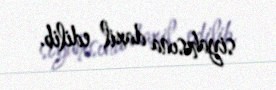
siyahısına daxil edilib.